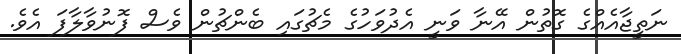
ނަތީޖާއެއްގެ ގޮތުން އޭނާ ވަނީ އެދުވަހުގެ މެޗުގައި ބެންޗުން ވެސް ފޮނުވާލާފަ އެވެ.